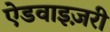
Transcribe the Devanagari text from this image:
ऐडवाइज़री